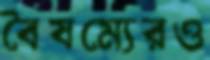
বৈষম্যেরও